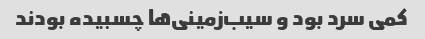
کمی سرد بود و سیب‌زمینی‌ها چسبیده بودند